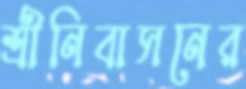
শ্রীনিবাসনের